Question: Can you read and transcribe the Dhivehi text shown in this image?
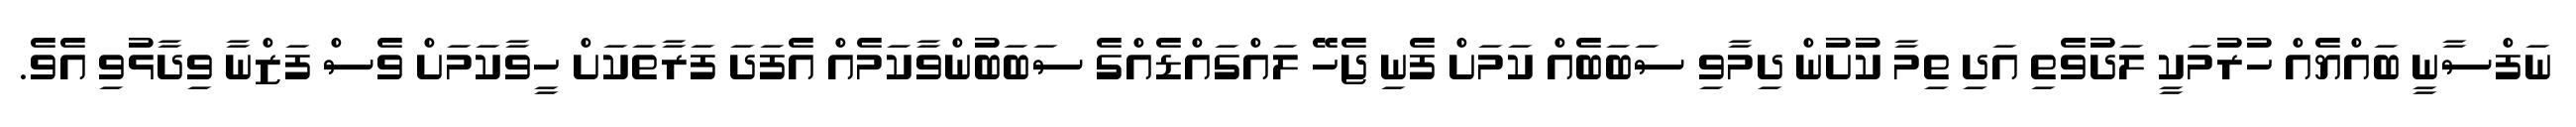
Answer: ނަފްސާނީ ބައްޔެއް ހުރުމަކީ ލަދުވެތި އަދި ތިމާ ކުށުން ދިމާވި ސަބަބެއް ކަމަށް ފެނި ޖެހޭ ލައްގައްޑެއްގެ ސަބަބުންވާކަމެއް އެފަދަ ފަރާތަކަށް ހީވާކަމަށް ވެސް ފަޒްނާ ވިދާޅުވި އެވެ.